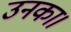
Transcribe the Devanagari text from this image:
उनका।